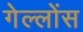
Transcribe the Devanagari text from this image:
गेल्लोंस